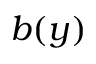
b ( y )